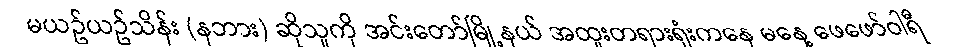
မယဥ်ယဥ်သိန်း (နဘား) ဆိုသူကို အင်းတော်မြို့နယ် အထူးတရားရုံးကနေ မနေ့ ဖေဖော်ဝါရီ